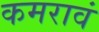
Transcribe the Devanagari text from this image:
कमरावं